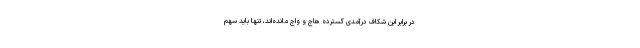
در برابر این شکاف درآمدی گسترده هاج و واج مانده‌اند، تنها باید سهم